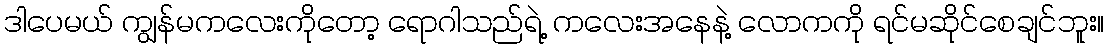
ဒါပေမယ် ကျွန်မကလေးကိုတော့ ရောဂါသည်ရဲ့ ကလေးအနေနဲ့ လောကကို ရင်မဆိုင်စေချင်ဘူး။